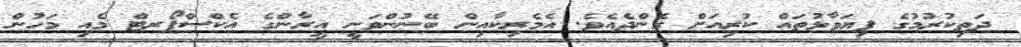
ދަތިކުރުމުގެ ފިޔަވާޅުތައް ކުރިއަށް ގެންދެއެވެ. އެމެރިކާއިން ބޭނުންވަނީ އީރާންގެ އެކްސްޕޯރޓް މެއި މަހުން